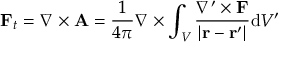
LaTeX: \mathbf { F } _ { t } = \nabla \times \mathbf { A } = { \frac { 1 } { 4 \pi } } \nabla \times \int _ { V } { \frac { \nabla ^ { \prime } \times \mathbf { F } } { \left| \mathbf { r } - \mathbf { r } ^ { \prime } \right| } } \mathrm { d } V ^ { \prime }